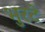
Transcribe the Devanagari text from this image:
भुरटे